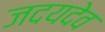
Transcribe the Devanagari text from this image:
जदयदेव